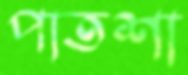
পাতশা